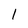
Character: 1